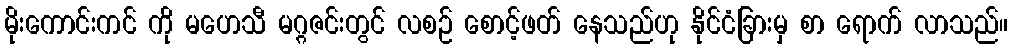
မိုးကောင်းကင် ကို မဟေသီ မဂ္ဂဇင်းတွင် လစဉ် စောင့်ဖတ် နေသည်ဟု နိုင်ငံခြားမှ စာ ရောက် လာသည်။